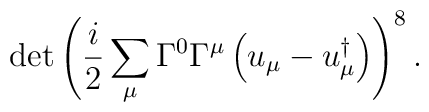
\det\left(\frac{i}{2} \sum_\mu \Gamma^0\Gamma^\mu \left(u_\mu-u_\mu^\dagger\right)\right)^{ 8} .